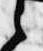
之